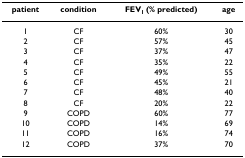
| patient | condition | FEV1 (% predicted) | age |
 | --- | --- | --- | --- |
 | 1 | CF | 60% | 30 |
 | 2 | CF | 57% | 45 |
 | 3 | CF | 37% | 47 |
 | 4 | CF | 35% | 22 |
 | 5 | CF | 49% | 55 |
 | 6 | CF | 45% | 21 |
 | 7 | CF | 48% | 40 |
 | 8 | CF | 20% | 22 |
 | 9 | COPD | 60% | 77 |
 | 10 | COPD | 14% | 69 |
 | 11 | COPD | 16% | 74 |
 | 12 | COPD | 37% | 70 |